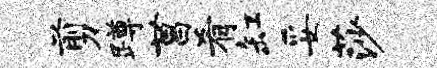
剪蹲菖肴缸妥莎